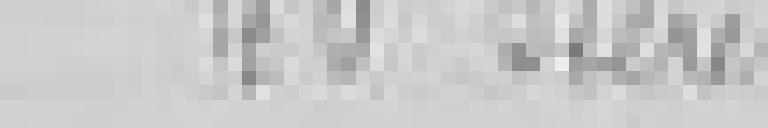
entrée : 40 stères